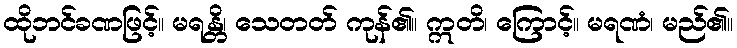
ထိုဘင်ခဏဖြင့်။ မရန္တိ၊ သေတတ် ကုန်၏။ ဣတိ၊ ကြောင့်။ မရဏံ၊ မည်၏။